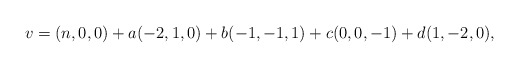
\begin{align*}v = (n, 0, 0) + a(-2, 1, 0) + b(-1, -1, 1) + c(0, 0, -1) + d(1,-2, 0), \end{align*}